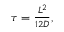
\begin{array} { r } { \tau = \frac { L ^ { 2 } } { 1 2 D } , } \end{array}